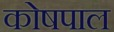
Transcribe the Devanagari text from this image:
कोषपाल